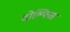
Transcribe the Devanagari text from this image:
दोल्फिंस